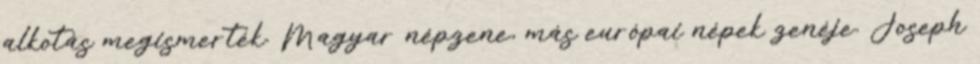
alkotás megismerték. Magyar népzene, más európai népek zenéje. Joseph